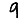
Digit: 9